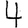
Digit: 4